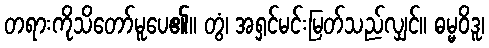
တရားကိုသိတော်မူပေ၏။ တွံ၊ အရှင်မင်းမြတ်သည်လျှင်။ ဓမ္မဝိဒူ၊